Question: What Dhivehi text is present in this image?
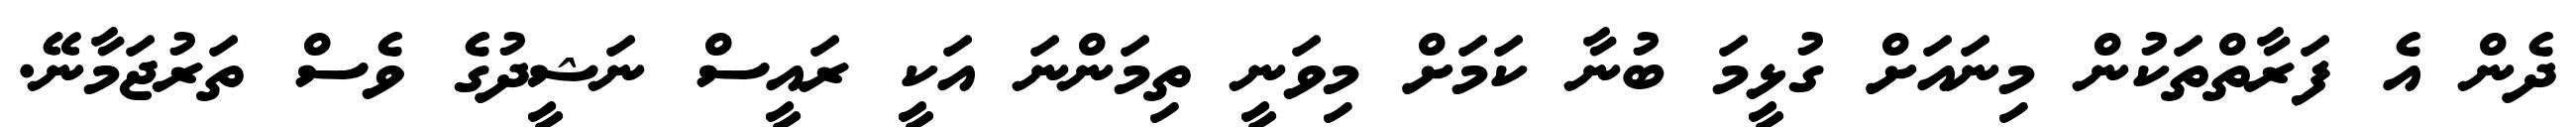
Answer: ދެން އެ ފަރާތްތަކުން މިނައަށް ގުޅީމަ ބުނާ ކަމަށް މިވަނީ ތިމަންނަ އަކީ ރައީސް ނަޝީދުގެ ވެސް ތަރުޖަމާނޭ.